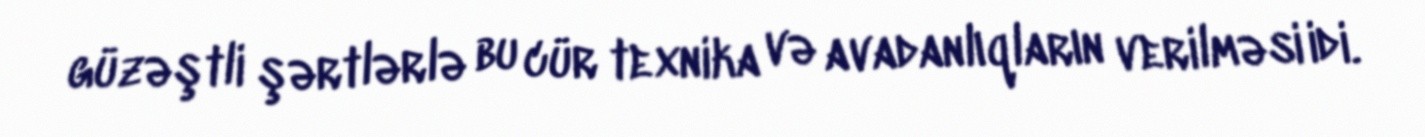
güzəştli şərtlərlə bu cür texnika və avadanlıqların verilməsi idi.